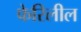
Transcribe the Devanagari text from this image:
फेरिलील